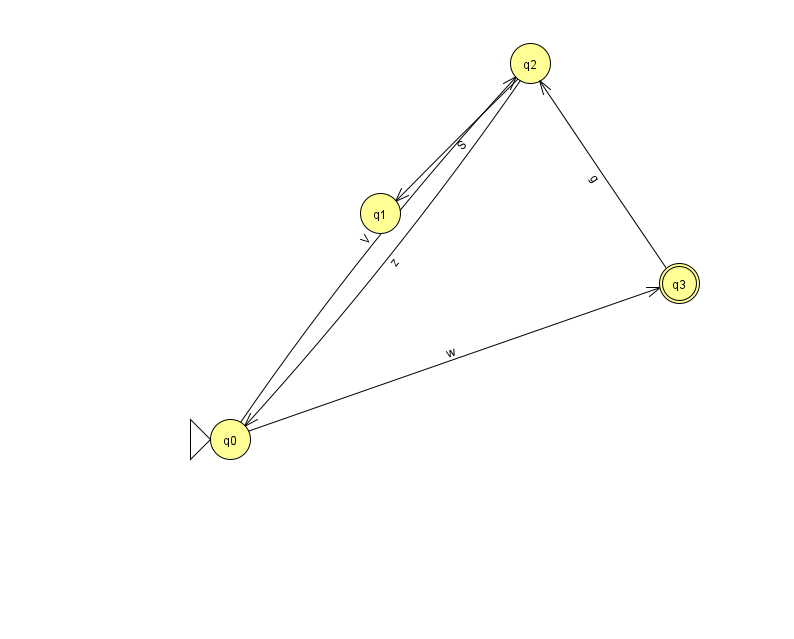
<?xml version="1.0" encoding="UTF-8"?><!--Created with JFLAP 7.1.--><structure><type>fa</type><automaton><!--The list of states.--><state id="0" name="q0"><x>230.0</x><y>426.0</y><initial/></state><state id="1" name="q1"><x>380.0</x><y>200.0</y></state><state id="2" name="q2"><x>530.0</x><y>50.0</y></state><state id="3" name="q3"><x>679.0</x><y>270.0</y><final/></state><!--The list of transitions.--><transition><from>0</from><to>3</to><read>w</read></transition><transition><from>2</from><to>0</to><read>z</read></transition><transition><from>0</from><to>2</to><read>V</read></transition><transition><from>3</from><to>2</to><read>g</read></transition><transition><from>2</from><to>1</to><read>S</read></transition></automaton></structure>